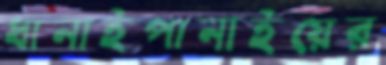
ধানাইপানাইয়ের